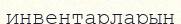
инвентарларын